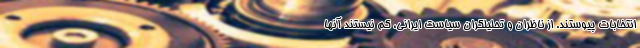
انتخابات پیوستند. از ناظران و تحلیلگران سیاست ایرانی، کم نیستند آنها